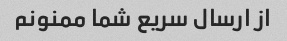
از ارسال سریع شما ممنونم